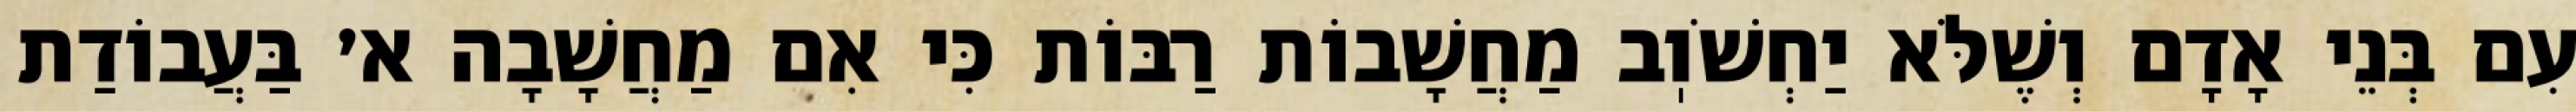
עִם בְּנֵי אָדָם וְשֶׁלֹּא יַחְשֹׁוֽב מַחֲשָׁבוֹת רַבּוֹת כִּי אִם מַחֲשָׁבָה א׳ בַּעֲבוֹדַת